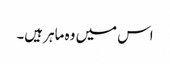
اس میں وہ ماہر ہیں۔